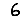
Digit: 6